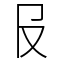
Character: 𠬝